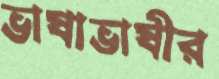
ভাষাভাষীর